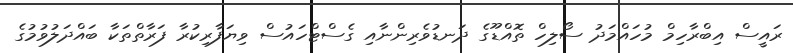
ރައީސް އިބްރާހިމް މުހައްމަދު ސޯލިހް ތޮއްޑޫގެ ދަނޑުވެރިންނާއި ގެސްޓްހައުސް ވިޔަފާރިކުރާ ފަރާތްތަކާ ބައްދަލުވުމުގެ